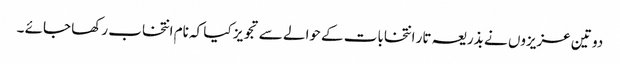
دو تین عزیزوں نے بذریعہ تار انتخابات کے حوالے سے تجویز کیا کہ نام انتخاب رکھا جائے ۔